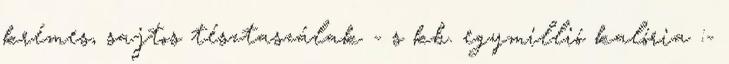
krémes, sajtos tésztaszálak - s kb. egymillió kalória :-